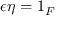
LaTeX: \epsilon \eta = 1 _ { F }